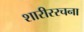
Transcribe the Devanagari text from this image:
शारीररचना